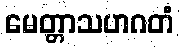
မေတ္တာသဟဂတံ